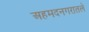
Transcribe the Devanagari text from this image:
अहमदनगरातले